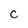
Character: c